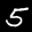
Label: 5